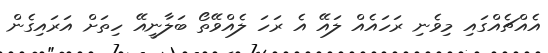
އެއްޗެއްގައި މިވެނި ރަހައެއް ލައޭ އެ ރަހަ ލެއްވޭތޯ ބަލާނީއޭ ހިތަށް އަރައިގެން